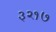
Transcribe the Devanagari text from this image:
३२१७